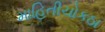
માહિતીચોકઠા